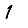
Digit: 1